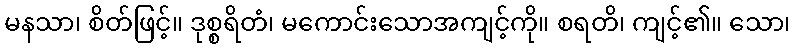
မနသာ၊ စိတ်ဖြင့်။ ဒုစ္စရိတံ၊ မကောင်းသောအကျင့်ကို။ စရတိ၊ ကျင့်၏။ သော၊